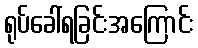
ရုပ်ခေါ်ရခြင်းအကြောင်း